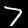
Label: 7